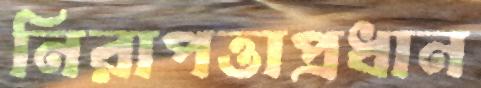
নিরাপত্তাপ্রধান